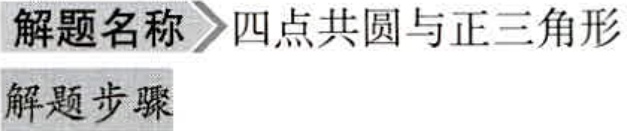
\begin{document}

解题名称  四点共圆与正三角形

解题步骤

\end{document}